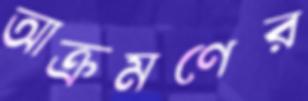
আক্রমণের